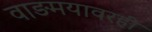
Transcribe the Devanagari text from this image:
वाङमयावरही